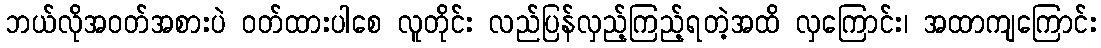
ဘယ်လိုအဝတ်အစားပဲ ဝတ်ထားပါစေ လူတိုင်း လည်ပြန်လှည့်ကြည့်ရတဲ့အထိ လှကြောင်း၊ အထာကျကြောင်း